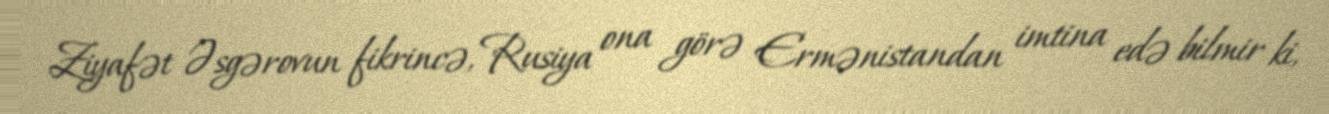
Ziyafət Əsgərovun fikrincə, Rusiya ona görə Ermənistandan imtina edə bilmir ki,